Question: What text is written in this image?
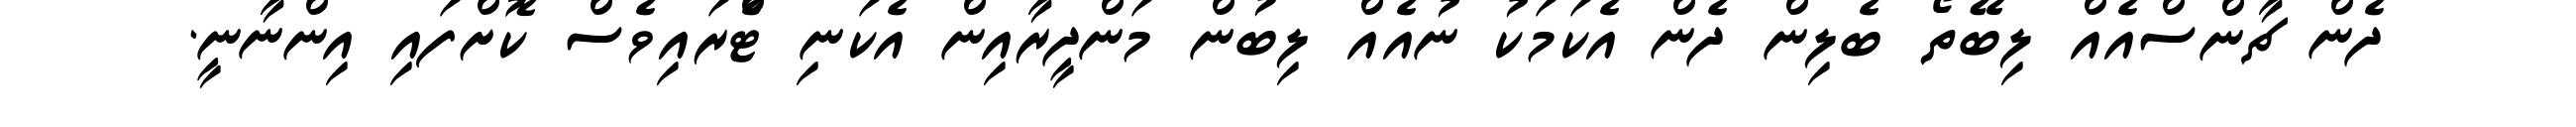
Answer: ދެން ޗާންސްއެއް ލިބޭތޯ ބެލިން ދެން އެކަމަކު ނުއެއް ލިބުން މަންދީރާއިން އެކަނި ޓްެރައިވެސް ކޮށްފައި އިންނާނީ.